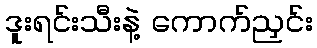
ဒူးရင်းသီးနဲ့ ကောက်ညှင်း